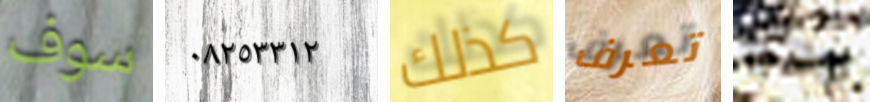
سوف ٠٨٢٥٣٣١٢ كذلك تعرف وهو